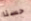
حسنا